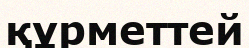
құрметтей